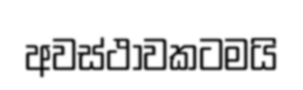
අවස්ථාවකටමයි